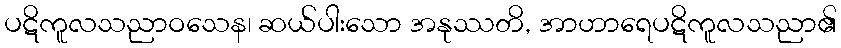
ပဋိကူလသညာဝသေန၊ ဆယ်ပါးသော အနုဿတိ, အာဟာရေပဋိကူလသညာ၏